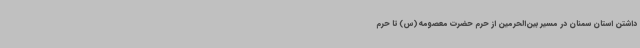
داشتن استان سمنان در مسیر بین‌الحرمین از حرم حضرت معصومه(س) تا حرم